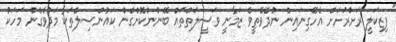
"ފިޒިކަލީ ރަށްރަށަށް އެހޭގިނައިން ނުދެވޭތީވެ ޒަމާނީ ވަސީލަތްތައް ބޭނުންކޮށްގެން ކައުންސިލްތަކާ މަދުވެގެން މަހަކު